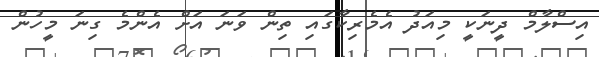
އިސްލާމް ދީނަކީ މިއަދު އެމެރިކާގައި ތިން ވަނަ އަށް އެންމެ ގިނަ މީހުން